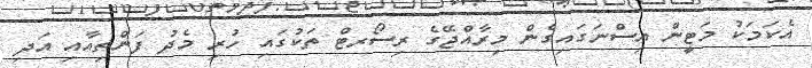
އެކަމަކު މަޓީން އިސްނަގައިގެން މިރާއްޖޭގެ ރިސޯރޓް ތަކުގައި ހުރި މެދު ފަންތިއާއި އަދި